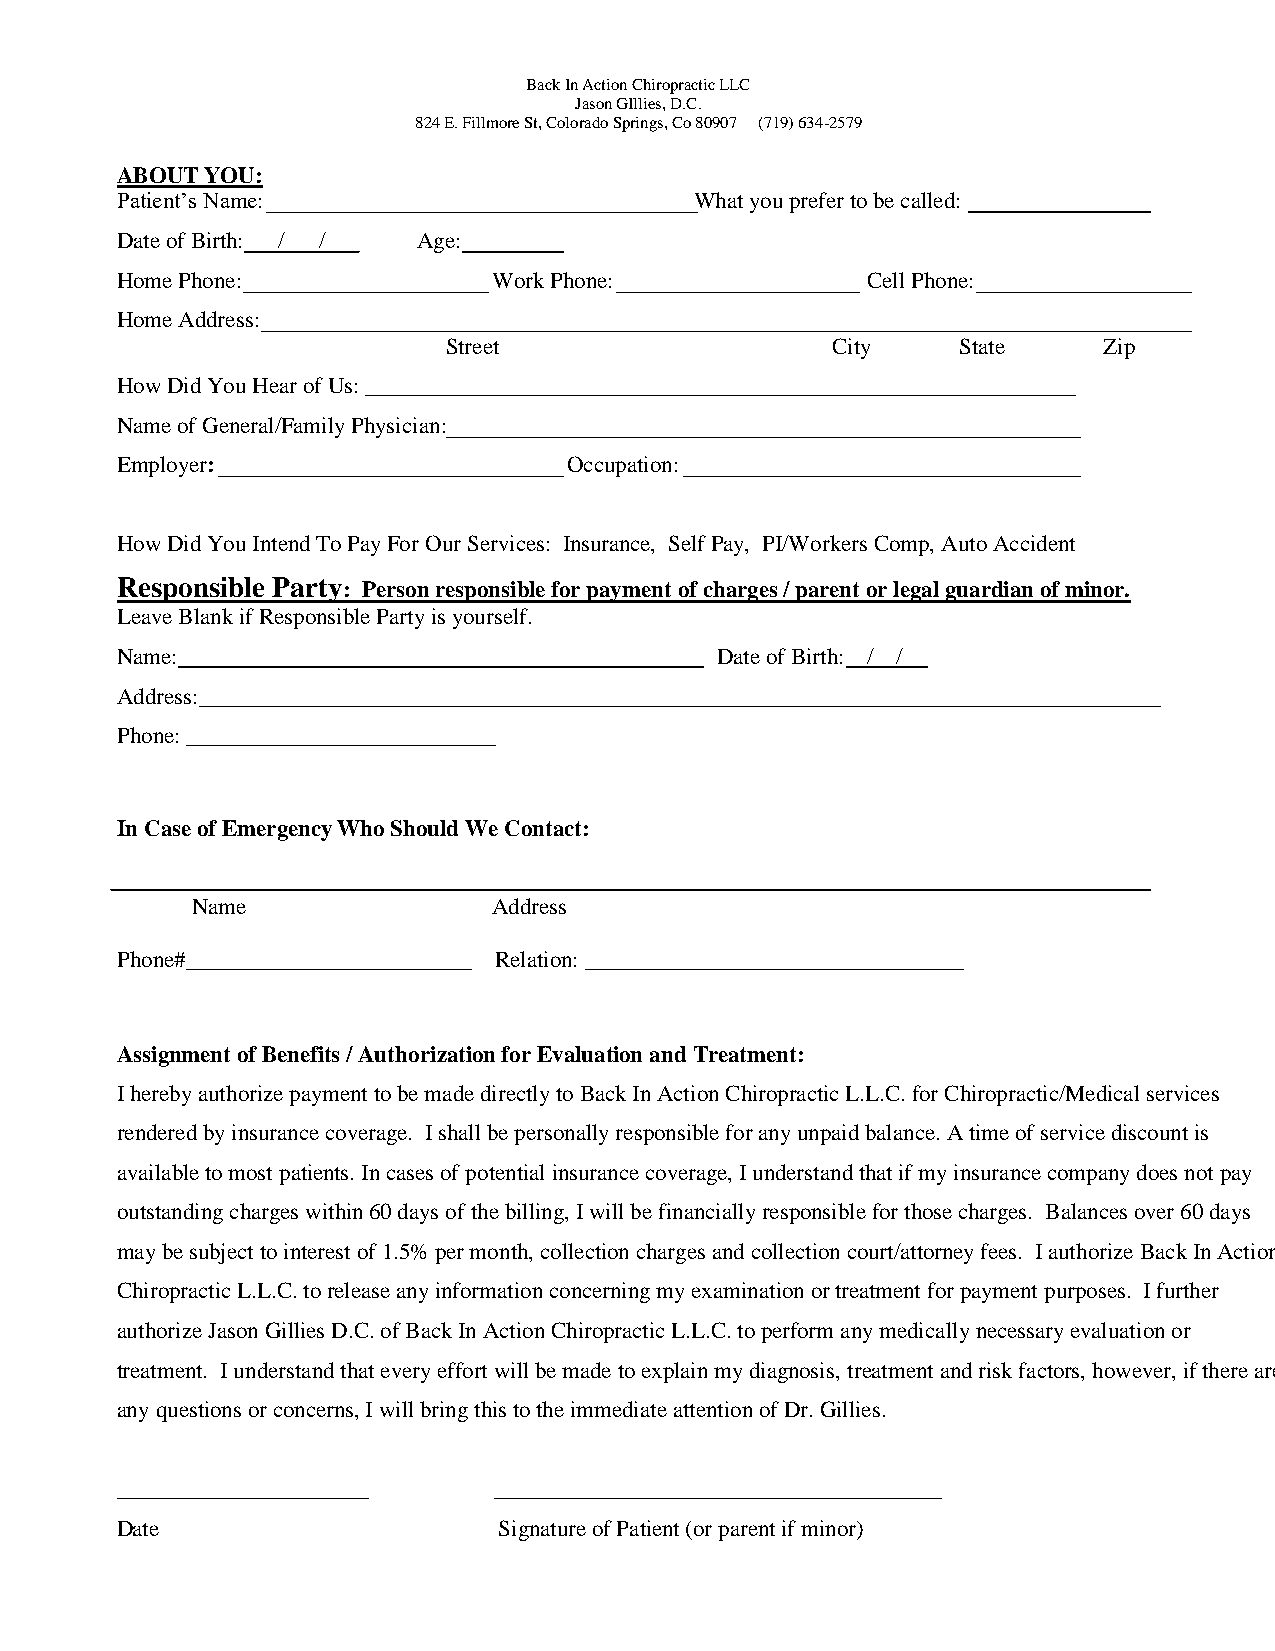
Back In Action Chiropractic LLC
 Jason GIllies, D.C.
 824 E. Fillmore St, Colorado Springs, Co 80907 (719) 634-2579
 ABOUT YOU:
 Patient’s Name:                       What you prefer to be called:
 Date of Birth: / /  Age:
 Home Phone:              Work Phone:             Cell Phone:
 Home Address:
 Street                   City     State    Zip
 How Did You Hear of Us: ______________________________________________________________
 Name of General/Family Physician:
 Employer:                     Occupation:
 How Did You Intend To Pay For Our Services: Insurance, Self Pay, PI/Workers Comp, Auto Accident
 Responsible Party: Person responsible for payment of charges / parent or legal guardian of minor.
 Leave Blank if Responsible Party is yourself.
 Name:                                  Date of Birth: / /
 Address:____________________________________________________________________________________
 Phone: ___________________________
 In Case of Emergency Who Should We Contact:
 Name                Address
 Phone#_________________________ Relation: _________________________________
 Assignment of Benefits / Authorization for Evaluation and Treatment:
 I hereby authorize payment to be made directly to Back In Action Chiropractic L.L.C. for Chiropractic/Medical services
 rendered by insurance coverage. I shall be personally responsible for any unpaid balance. A time of service discount is
 available to most patients. In cases of potential insurance coverage, I understand that if my insurance company does not pay
 outstanding charges within 60 days of the billing, I will be financially responsible for those charges. Balances over 60 days
 may be subject to interest of 1.5% per month, collection charges and collection court/attorney fees. I authorize Back In Action
 Chiropractic L.L.C. to release any information concerning my examination or treatment for payment purposes. I further
 authorize Jason Gillies D.C. of Back In Action Chiropractic L.L.C. to perform any medically necessary evaluation or
 treatment. I understand that every effort will be made to explain my diagnosis, treatment and risk factors, however, if there are
 any questions or concerns, I will bring this to the immediate attention of Dr. Gillies.
 ______________________   _______________________________________
 Date                     Signature of Patient (or parent if minor)